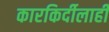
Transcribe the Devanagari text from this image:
कारकिर्दीलाही